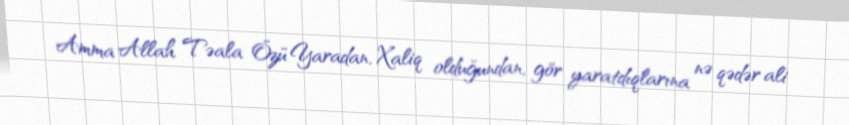
Amma Allah Təala Özü Yaradan, Xaliq olduğundan, gör yaratdıqlarına nə qədər ali